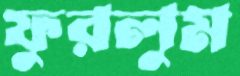
ফুরলুম